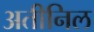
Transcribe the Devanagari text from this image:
अतीनिल